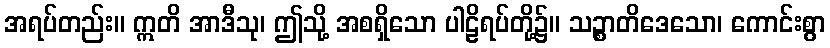
အရပ်တည်း။ ဣတိ အာဒီသု၊ ဤသို့ အစရှိသော ပါဠိရပ်တို့၌။ သဉ္စာတိဒေသော၊ ကောင်းစွာ